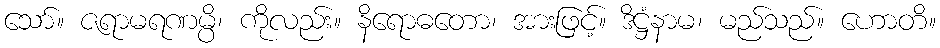
သော်။ ဇရာမရဏမ္ပိ၊ ကိုလည်း။ နိရောဓတော၊ အားဖြင့်။ ဒိဋ္ဌံနာမ၊ မည်သည်။ ဟောတိ။